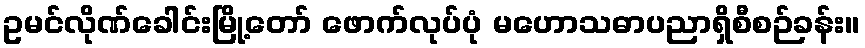
ဥမင်လိုဏ်ခေါင်းမြို့တော် ဖောက်လုပ်ပုံ မဟောသဓာပညာရှိစီစဉ်ခန်း။